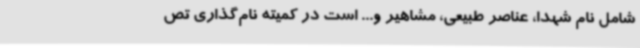
شامل نام شهدا، عناصر طبیعی، مشاهیر و... است در کمیته نام‌گذاری تص